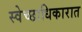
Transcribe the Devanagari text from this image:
स्वेच्छाधिकारात